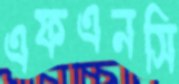
এফএনসি